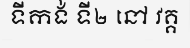
ទីកង់ ទី២ នៅ វគ្គ